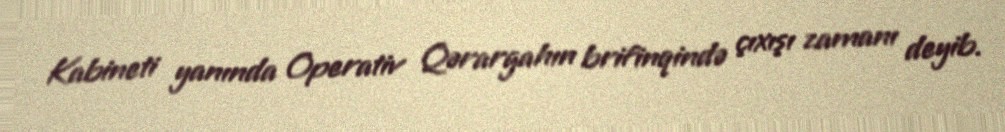
Kabineti yanında Operativ Qərargahın brifinqində çıxışı zamanı deyib.